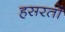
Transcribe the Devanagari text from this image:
हसरतों